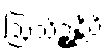
ဩသိဉ္စန္တိပိ